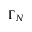
\Gamma _ { N }